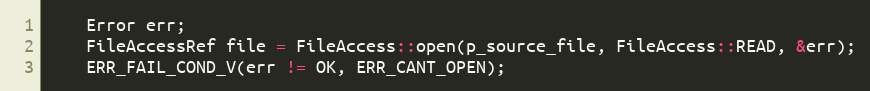
Language: C++
	Error err;
	FileAccessRef file = FileAccess::open(p_source_file, FileAccess::READ, &err);
	ERR_FAIL_COND_V(err != OK, ERR_CANT_OPEN);